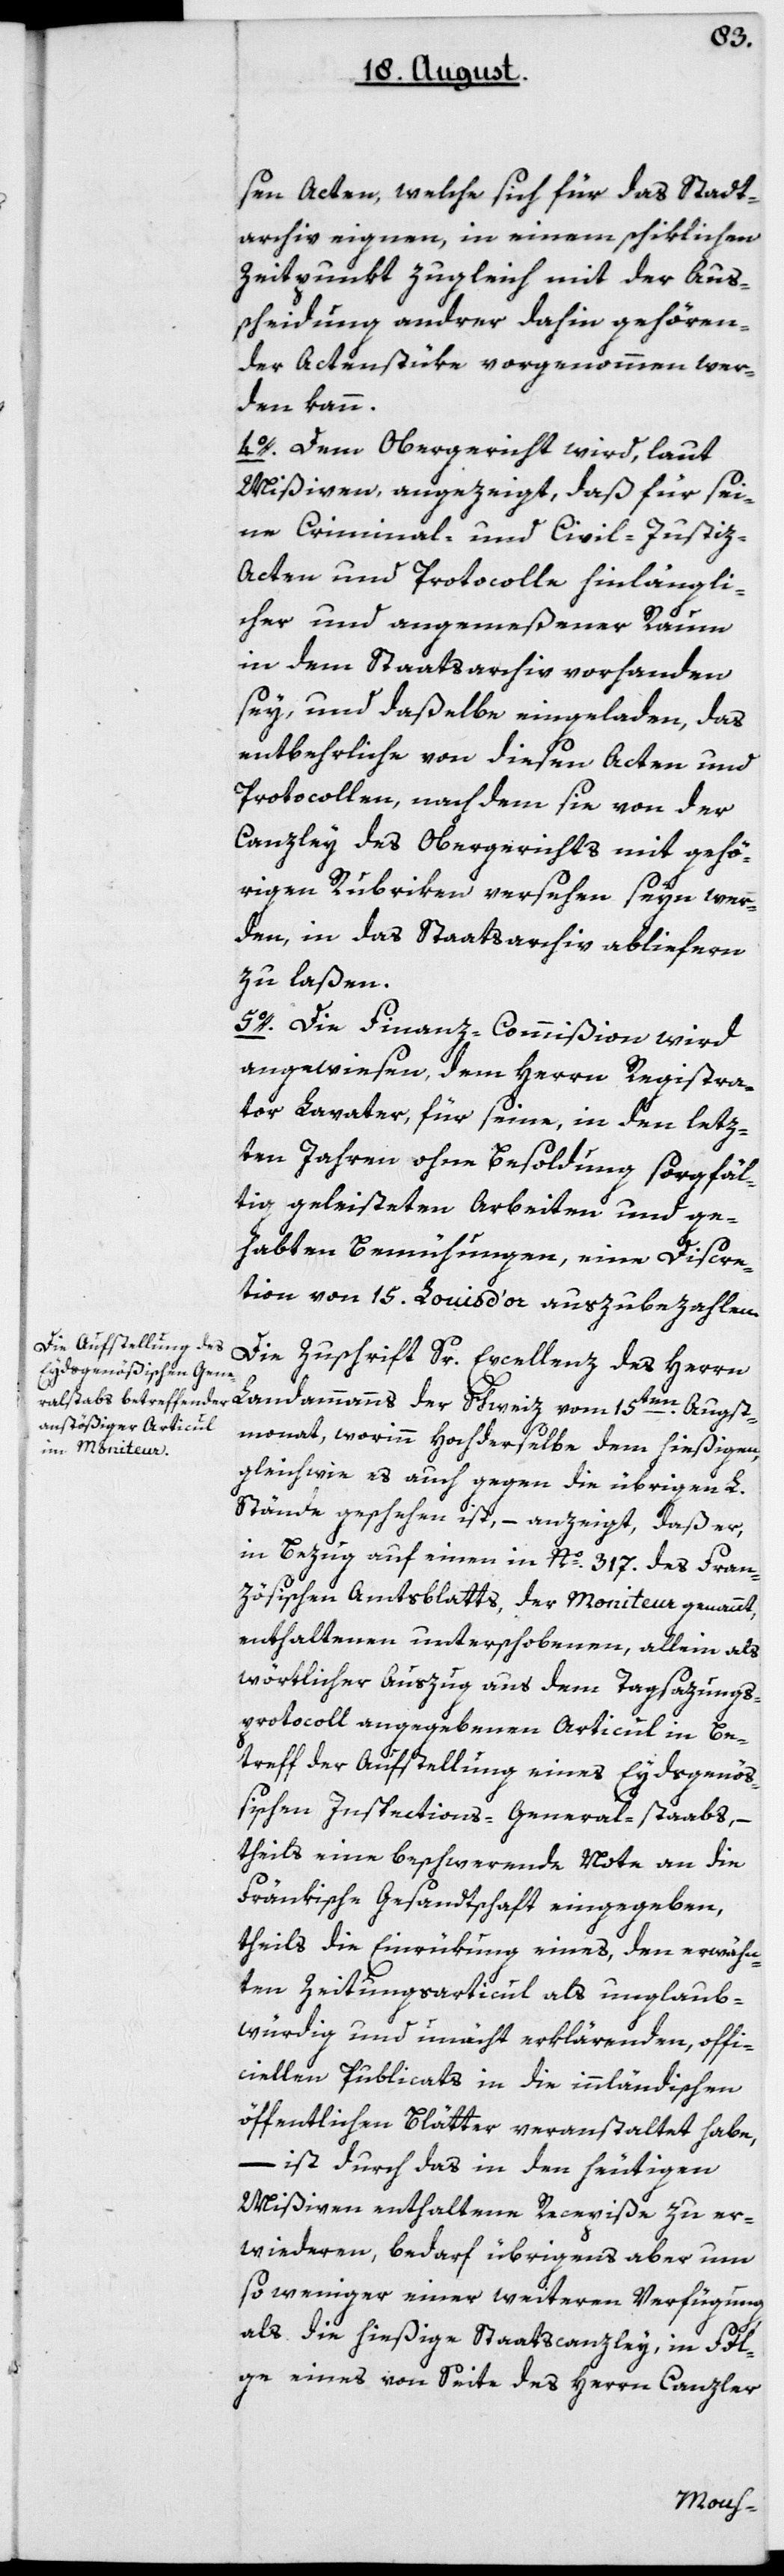
15ten Augst¬
sen Acten, welche sich für das Stadt¬
archiv eignen, in einem schiklichen
Zeitpunkt zulgeich mit der Aus¬
scheidung andrer dahin gehören¬
der Actenstüke vorgenommen wer¬
den kann.
4o. Dem Obergericht wird, laut
Mißiven, angezeigt, daß für sei¬
ne Criminal- und Civil-Justiz-A¬
cten und Protocolle hinlängli¬
cher und angemeßener Raum
in dem Staatsarchiv vorhanden
sey, und daßelbe eingeladen, das
Entbehrliche von diesen Acten und
Protocollen, nach dem sie von der
Canzley des Obergerichts mit gehö¬
rigen Rubriken versehen seyn wer¬
den, in das Staatsarchiv abliefern
zu laßen.
5o. Die Finanzcommißion wird
angewiesen, dem Herrn Registra¬
thor Lavater für seine, in den letz¬
ten Jahren ohne Besoldung sorgfäl¬
tig geleisteten Arbeiten und ge¬
habten Bemühungen, eine Discre¬
tion von 15 Louis d’or auszubezahlen.
Die Zuschrift Sr Excellenz des Herrn
monat, worinn Hochderselbe dem hießigen,
gleichwie es auch gegen die übrigen L.
Stände geschehen ist, – anzeigt, daß er,
in Bezug auf einen in No 317 des fran¬
zösischen Amtsblatt, der Moniteur genannt,
enthaltenen unterschobenen, allein als
wörtlicher Auszug aus dem Tagsazungs-P¬
rotocoll angegebenen Articul in Be¬
treff der Aufstellung eines Eydsgenöß¬
ischen Inspections-Generalstabs, –
theils eine beschwerende Note an die
fränkische Gesandtschaft eingegeben,
theils die Einrükung eines, den erwähn¬
ten Zeitungsarticul als unglaub¬
würdig und unecht erklärenden, offi¬
ciellen Publicats in die innländischen
öffentlichen Blätter veranstaltet habe,
– ist durch das in den heutigen
Misiven enthaltene Recepiße zu er¬
wiederen, bedarf übrigens aber um
so weniger einer weiteren Verfügung,
als die hießige Staatscanzley in Fol¬
ge eines von Seite des Herrn Canzler